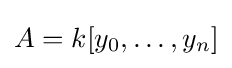
A=k[y_{0},\dots ,y_{n}]